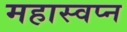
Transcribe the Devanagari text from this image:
महास्‍वप्‍न